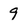
Character: 9